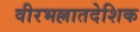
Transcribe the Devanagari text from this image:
वीरभल्लातदेशिक